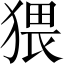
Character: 猥